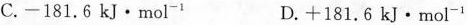
C.-181.6kJ·mol^{-1} D.+181.6kJ·mol^{-1}